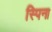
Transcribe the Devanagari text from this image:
स्पिना